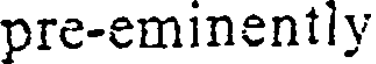
pre-eminently